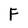
Character: F